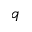
q